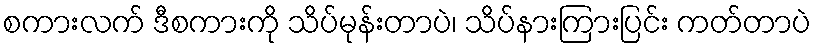
စကားလက် ဒီစကားကို သိပ်မုန်းတာပဲ၊ သိပ်နားကြားပြင်း ကတ်တာပဲ